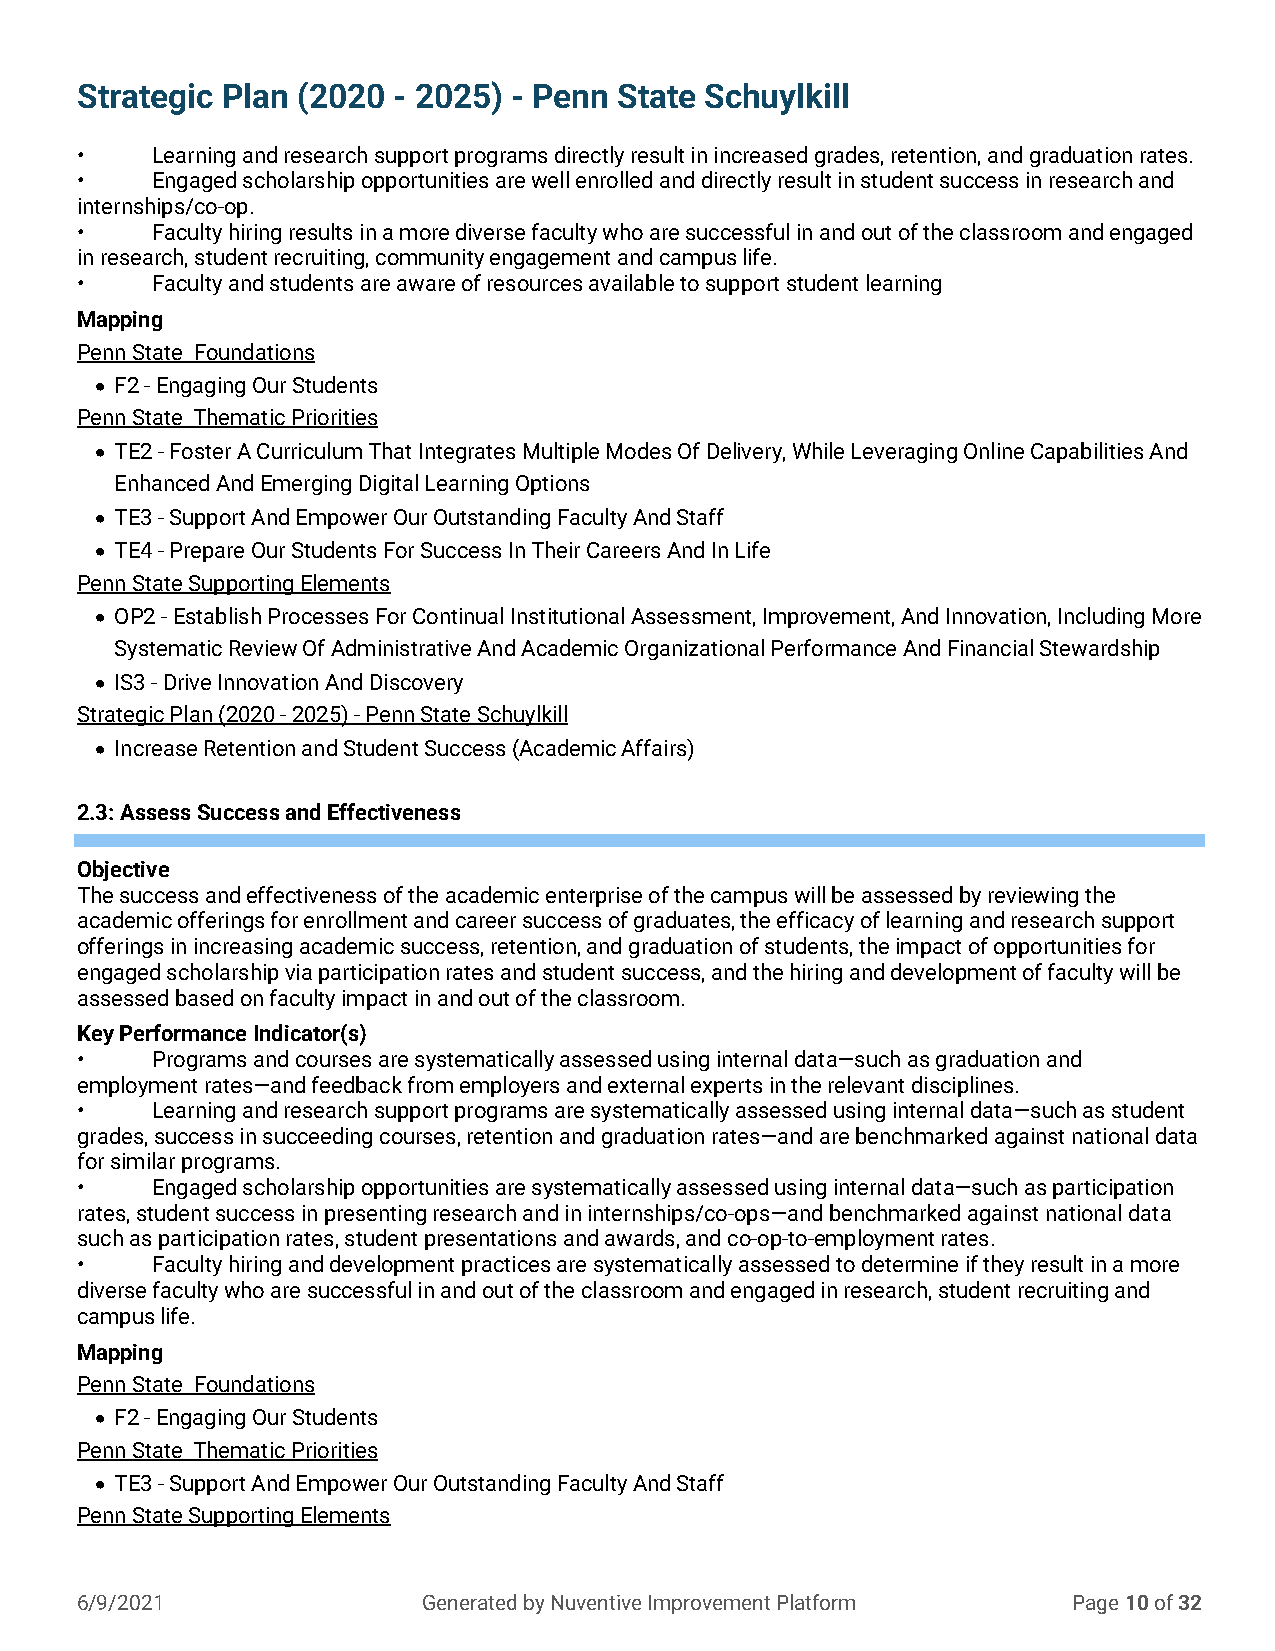
Strategic Plan (2020 - 2025) - Penn State Schuylkill
 •    Learning and research support programs directly result in increased grades, retention, and graduation rates.
 •    Engaged scholarship opportunities are well enrolled and directly result in student success in research and
 internships/co-op.
 •    Faculty hiring results in a more diverse faculty who are successful in and out of the classroom and engaged
 in research, student recruiting, community engagement and campus life.
 •    Faculty and students are aware of resources available to support student learning
 Mapping
 Penn State Foundations
 • F2 - Engaging Our Students
 Penn State Thematic Priorities
 • TE2 - Foster A Curriculum That Integrates Multiple Modes Of Delivery, While Leveraging Online Capabilities And
 Enhanced And Emerging Digital Learning Options
 • TE3 - Support And Empower Our Outstanding Faculty And Staff
 • TE4 - Prepare Our Students For Success In Their Careers And In Life
 Penn State Supporting Elements
 • OP2 - Establish Processes For Continual Institutional Assessment, Improvement, And Innovation, Including More
 Systematic Review Of Administrative And Academic Organizational Performance And Financial Stewardship
 • IS3 - Drive Innovation And Discovery
 Strategic Plan (2020 - 2025) - Penn State Schuylkill
 • Increase Retention and Student Success (Academic Affairs)
 2.3: Assess Success and Effectiveness
 Objective
 The success and effectiveness of the academic enterprise of the campus will be assessed by reviewing the
 academic offerings for enrollment and career success of graduates, the efficacy of learning and research support
 offerings in increasing academic success, retention, and graduation of students, the impact of opportunities for
 engaged scholarship via participation rates and student success, and the hiring and development of faculty will be
 assessed based on faculty impact in and out of the classroom.
 Key Performance Indicator(s)
 •    Programs and courses are systematically assessed using internal data—such as graduation and
 employment rates—and feedback from employers and external experts in the relevant disciplines.
 •    Learning and research support programs are systematically assessed using internal data—such as student
 grades, success in succeeding courses, retention and graduation rates—and are benchmarked against national data
 for similar programs.
 •    Engaged scholarship opportunities are systematically assessed using internal data—such as participation
 rates, student success in presenting research and in internships/co-ops—and benchmarked against national data
 such as participation rates, student presentations and awards, and co-op-to-employment rates.
 •    Faculty hiring and development practices are systematically assessed to determine if they result in a more
 diverse faculty who are successful in and out of the classroom and engaged in research, student recruiting and
 campus life.
 Mapping
 Penn State Foundations
 • F2 - Engaging Our Students
 Penn State Thematic Priorities
 • TE3 - Support And Empower Our Outstanding Faculty And Staff
 Penn State Supporting Elements
 6/9/2021               Generated by Nuventive Improvement Platform Page 10 of 32